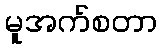
မူအက်စတာ